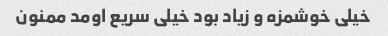
خیلی خوشمزه و زیاد بود خیلی سریع اومد ممنون